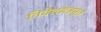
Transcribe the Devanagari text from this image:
निवेशयन्नमृतं